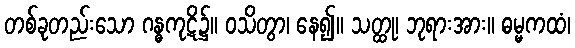
တစ်ခုတည်းသော ဂန္ဓကုဋိ၌။ ဝသိတွာ၊ နေ၍။ သတ္ထု၊ ဘုရားအား။ ဓမ္မကထံ၊